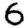
Digit: 6